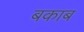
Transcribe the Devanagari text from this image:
बकाब